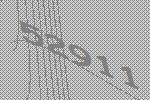
52911